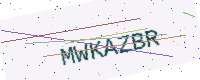
Text: MWKAZBR